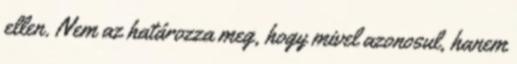
ellen. Nem az határozza meg, hogy mivel azonosul, hanem